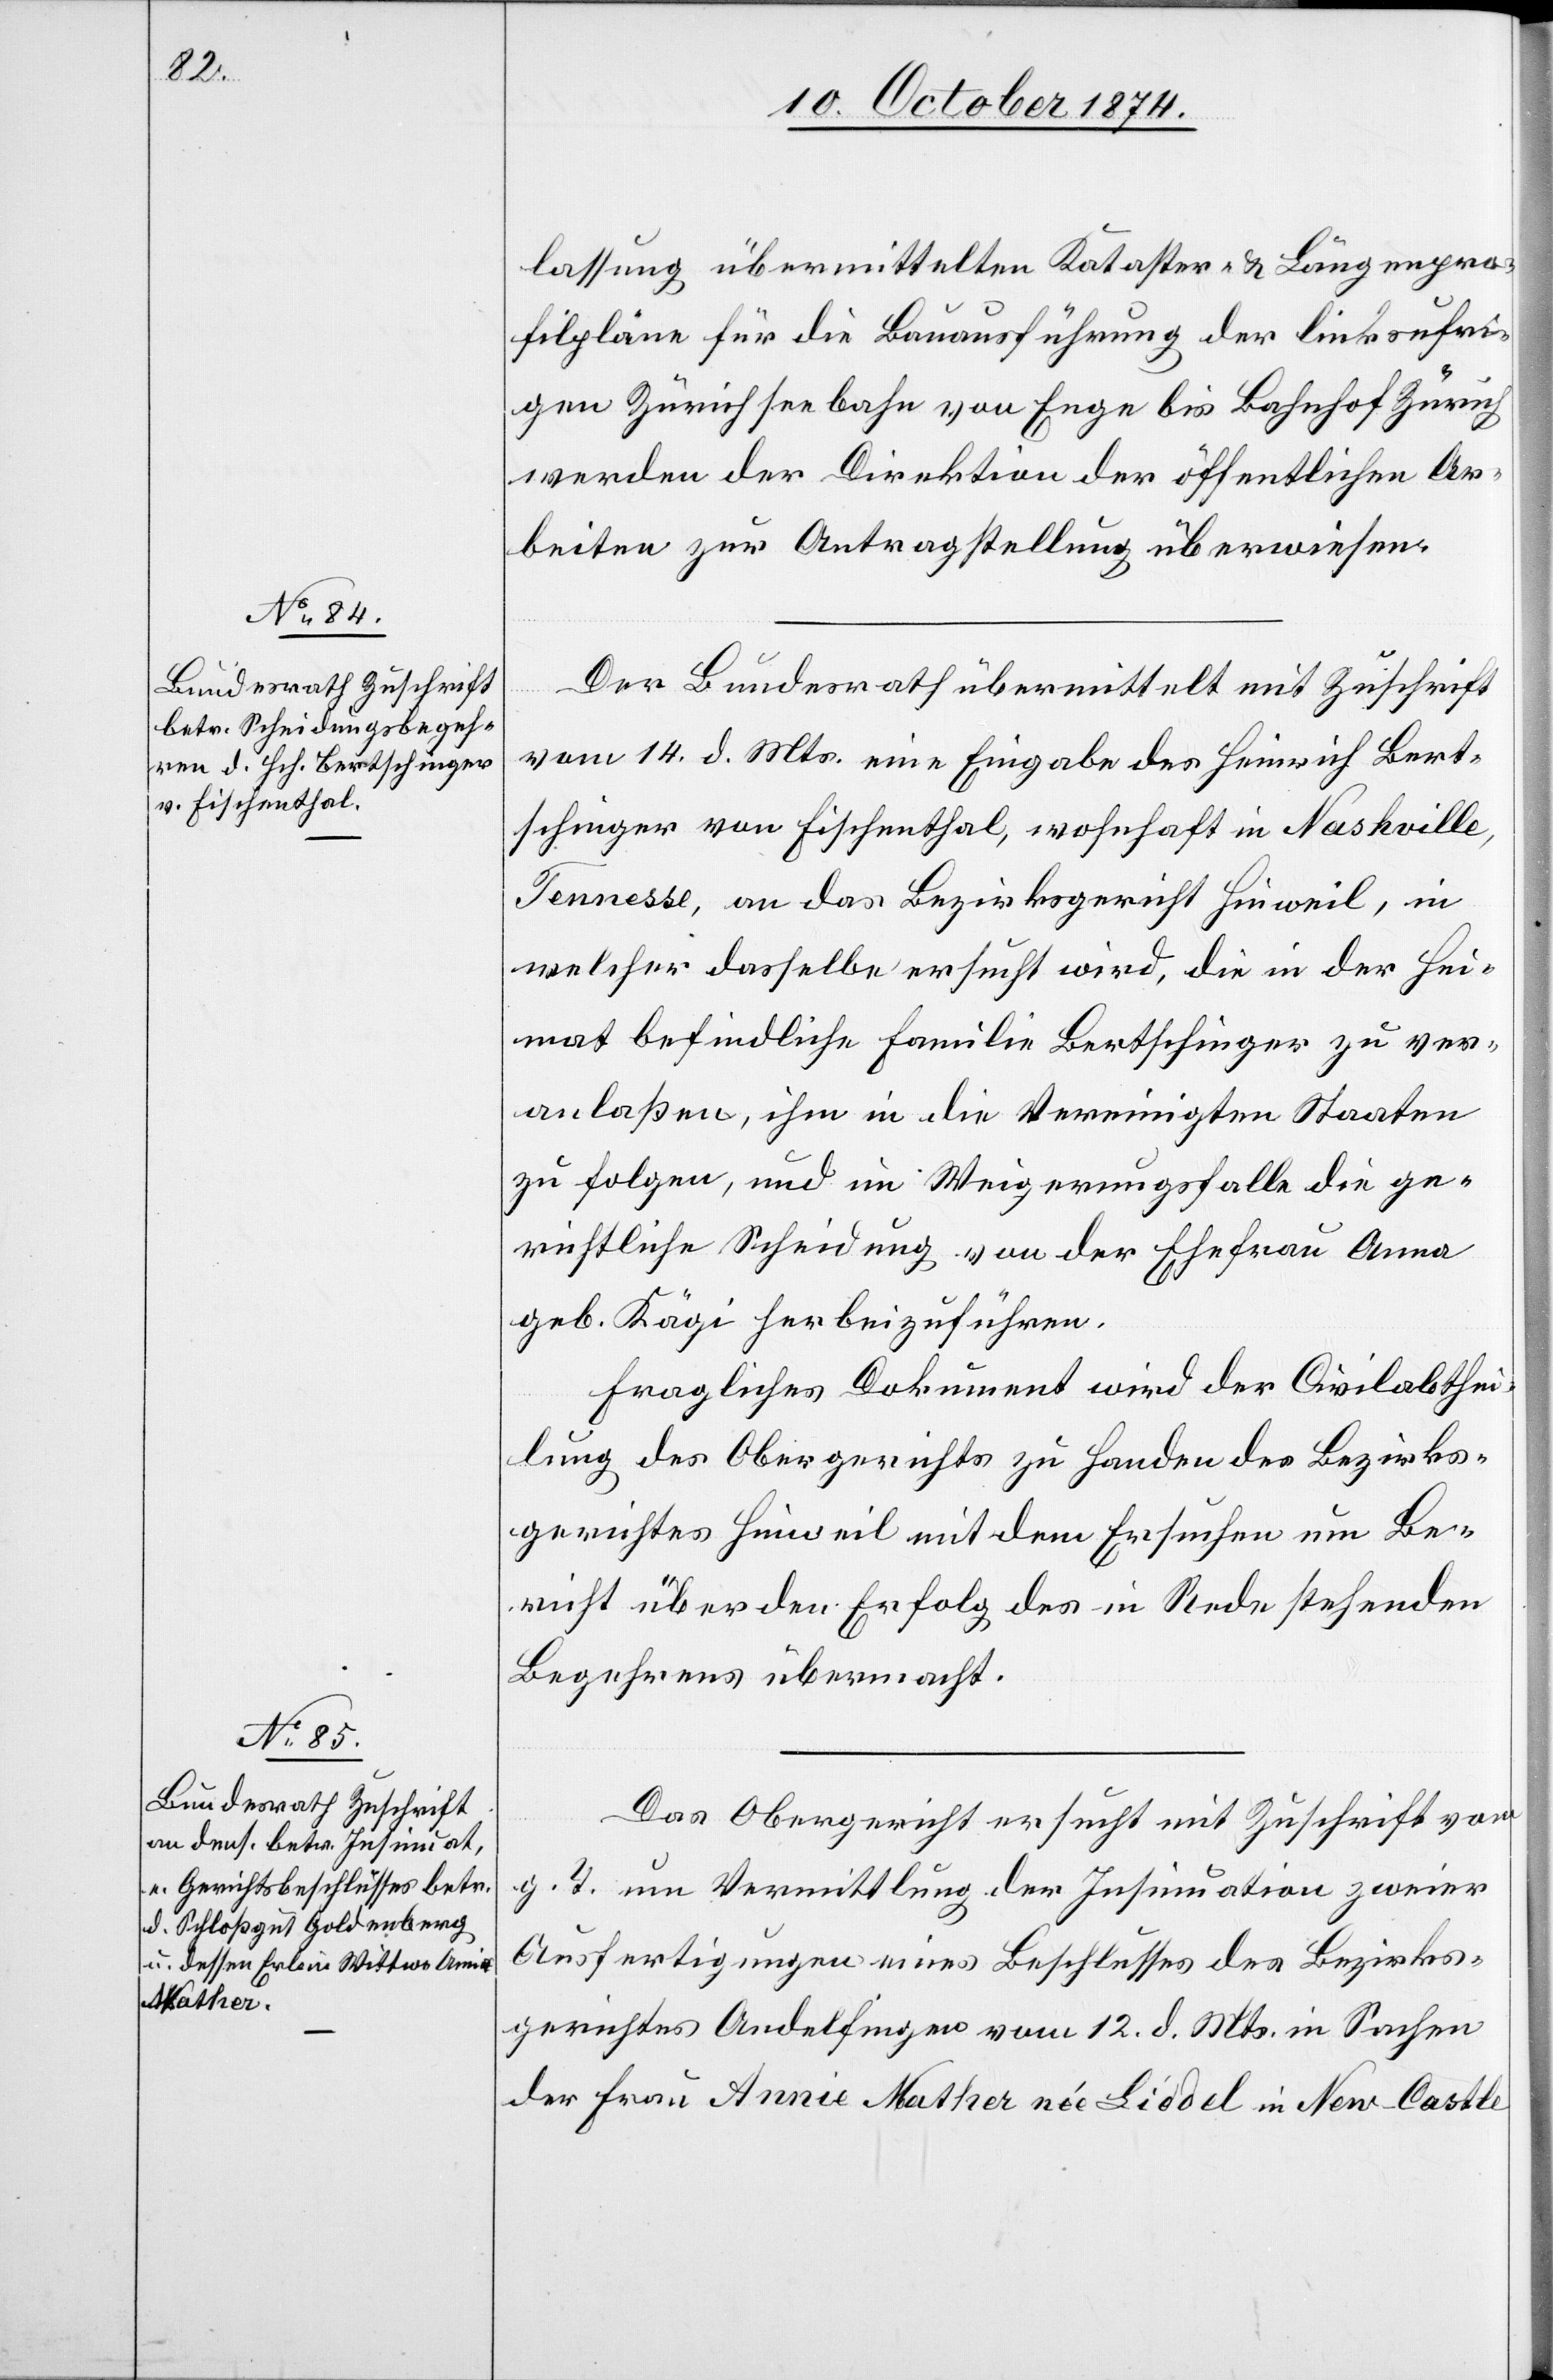
16. October 1874.]
lassung übermittelten Kataster- & Längenpro¬
filpläne für die Bauausführung der linksufri¬
gen Zürichseebahn von Enge bis Bahnhof Zürich
werden der Direktion der öffentlichen Ar¬
beiten zur Antragstellung überwiesen.
Der Bundesrath übermittelt mit Zuschrift
vom 14. d. Mts. eine Eingabe des Heinrich Bert¬
schinger von Fischenthal, wohnhaft in Nashville,
Tennesse, an das Bezirksgericht Hinweil, in
welcher dasselbe ersucht wird, die in der Hei¬
mat befindliche Familie Bertschinger zu ver¬
anlaßen, ihm in die Vereinigten Staaten
zu folgen, und im Weigerungsfalle die ge¬
richtliche Scheidung von der Ehefrau Anna
geb. Kägi herbeizuführen.
Fragliches Dokument wird der Civilabthei¬
lung des Obergerichts zu Handen des Bezirks¬
gerichtes Hinweil mit dem Ersuchen um Be¬
richt über den Erfolg des in Rede stehenden
Begehrens übermacht.
Das Obergericht ersucht mit Zuschrift vom
g. T. um Vermittlung der Insinuation zweier
Ausfertigungen eines Beschlusses des Bezirks¬
gerichtes Andelfingen vom 12. d. Mts. in Sachen
der Frau Annie Nather née Liedel in New-Castle